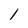
Character: 1